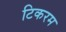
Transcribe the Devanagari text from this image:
टिकरम